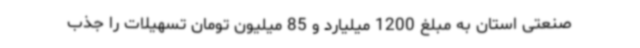
صنعتی استان به مبلغ 1200 میلیارد و 85 میلیون تومان تسهیلات را جذب